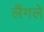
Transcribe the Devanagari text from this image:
लैंगले